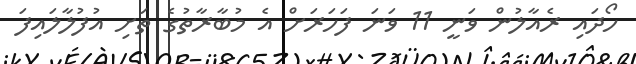
ހޯދައި ރެއާލުން ވަނީ 11 ވަނަ ފަހަރަށް އެ މުބާރާތުގެ ތަށި އުފުލާލައިފަ